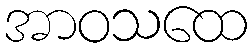
အာဝသထေ